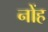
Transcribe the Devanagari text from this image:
नोंह